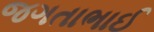
જગતાભાઈ